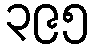
၃၉၅